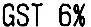
GST 6%